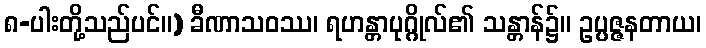
၈-ပါးတို့သည်ပင်။) ခီဏာသဝဿ၊ ရဟန္တာပုဂ္ဂိုလ်၏ သန္တာန်၌။ ဥပ္ပဇ္ဇနတာယ၊